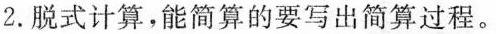
2.脱式计算，能简算的要写出简算过程。